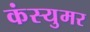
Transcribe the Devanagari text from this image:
कंस्युमर